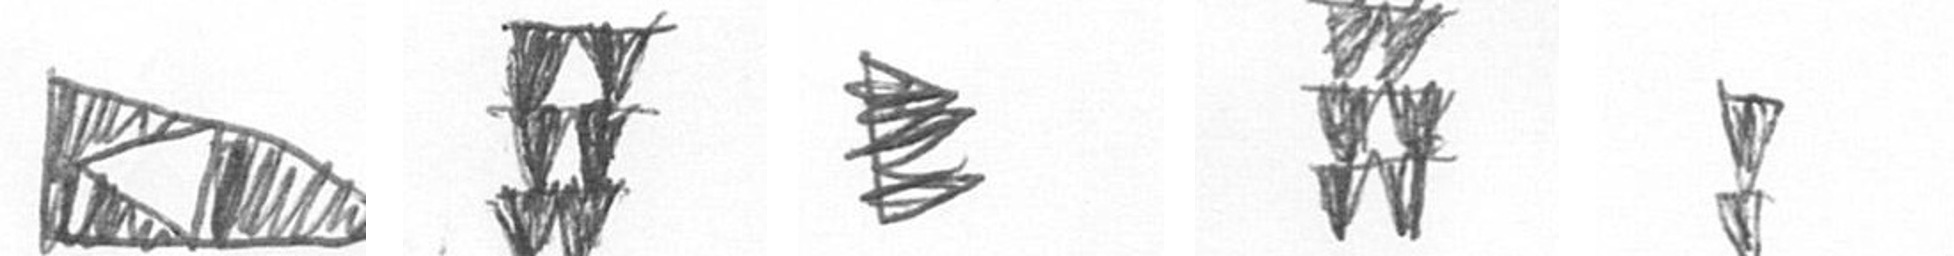
K Y H Y Z